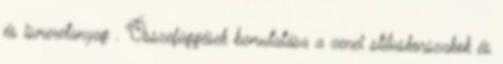
és ismeretanyag . Összefüggések bemutatása a zenei stíluskorszakok és